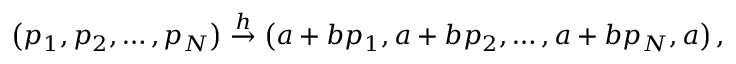
\left( p _ { 1 } , p _ { 2 } , \dots , p _ { N } \right) \overset { h } { \rightarrow } \left( a + b p _ { 1 } , a + b p _ { 2 } , \dots , a + b p _ { N } , a \right) ,